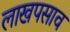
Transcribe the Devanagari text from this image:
लाखपसाव